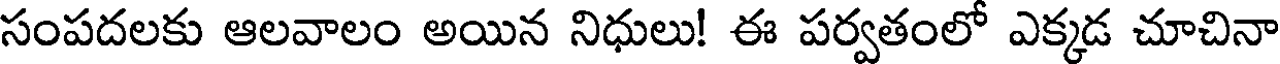
సంపదలకు ఆలవాలం అయిన నిధులు! ఈ పర్వతంలో ఎక్కడ చూచినా